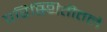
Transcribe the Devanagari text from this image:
परिस्थितीतले